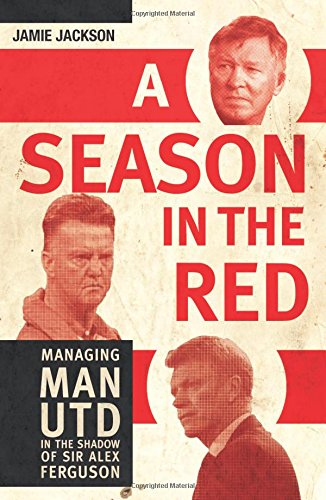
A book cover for A Season in the Red: Managing Man UTD in the shadow of Sir Alex Ferguson; Jamie Jackson; Sports & Outdoors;